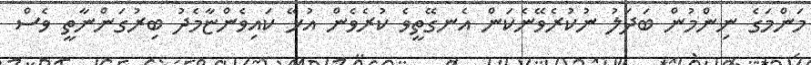
މަންމަގެ ނިންމުން ބަދަލު ނުކުރެވޭނެކަން އެނގޭތީވެ ކުރެވެން އުޅޭ ކައިވެންޏާމެދު ބިރުގަންނާތީ ވެސް